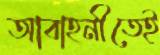
আবাহনীতেই